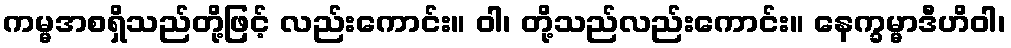
ကမ္မအစရှိသည်တို့ဖြင့် လည်းကောင်း။ ဝါ၊ တို့သည်လည်းကောင်း။ နေက္ခမ္မာဒီဟိဝါ၊